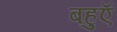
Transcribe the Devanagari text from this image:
बहुएॅ